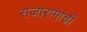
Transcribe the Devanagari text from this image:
राजारामांची